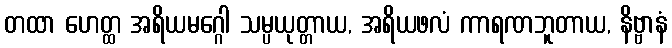
တထာ ဟေတ္ထ အရိယမဂ္ဂေါ သမ္ပယုတ္တာယ, အရိယဖလံ ကာရဏဘူတာယ, နိဗ္ဗာနံ